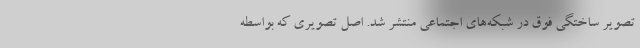
تصویر ساختگی فوق در شبکه‌های اجتماعی منتشر شد. اصل تصویری که بواسطه